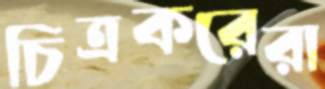
চিত্রকরেরা